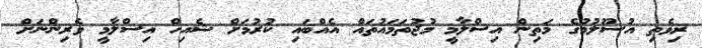
ރިވެެތި އުސޫލުމުގެ މަތިން އިސްލާމީ މުޖުތަމައުތައް އެއްބައި ކުރުމަށް ޝެއިހް އިސްލާމީ ވެރިންނަށް